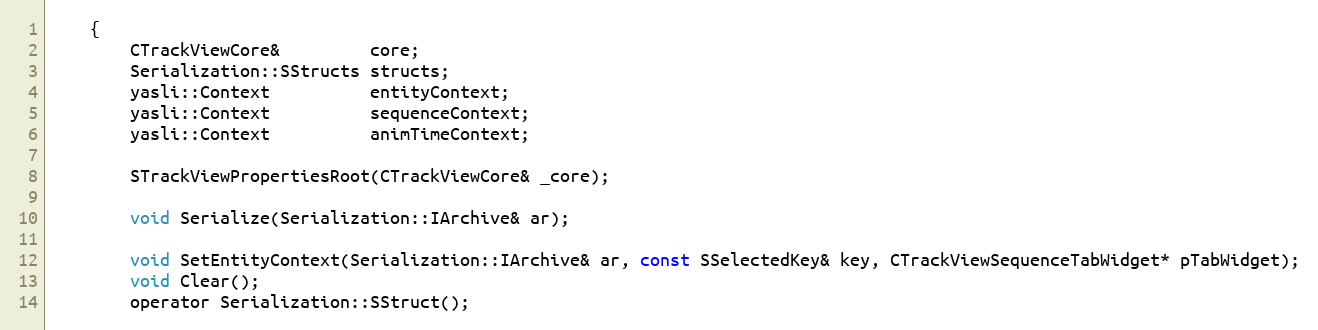
Language: C
	{
		CTrackViewCore&         core;
		Serialization::SStructs structs;
		yasli::Context          entityContext;
		yasli::Context          sequenceContext;
		yasli::Context          animTimeContext;

		STrackViewPropertiesRoot(CTrackViewCore& _core);

		void Serialize(Serialization::IArchive& ar);

		void SetEntityContext(Serialization::IArchive& ar, const SSelectedKey& key, CTrackViewSequenceTabWidget* pTabWidget);
		void Clear();
		operator Serialization::SStruct();